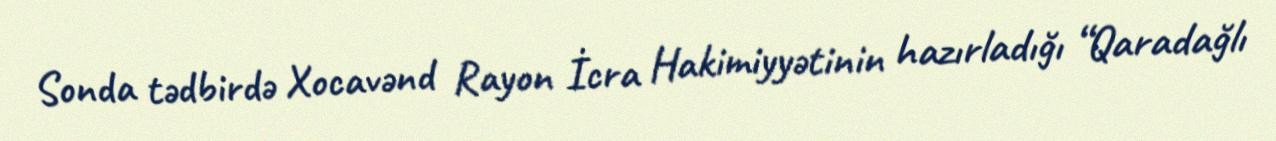
Sonda tədbirdə Xocavənd Rayon İcra Hakimiyyətinin hazırladığı “Qaradağlı